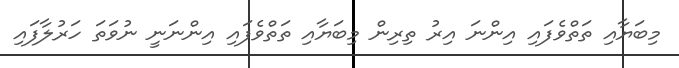
މިބަޔާއި ތަތްވެފައި އިންނަ އިރު ތިރިން މިބަޔާއި ތަތްވެފައި އިންނަނީ ނުވަތަ ހަރުލާފައި